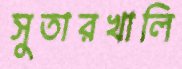
সুতারখালি